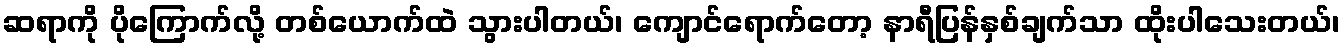
ဆရာကို ပိုကြောက်လို့ တစ်ယောက်ထဲ သွားပါတယ်၊ ကျောင်ရောက်တော့ နာရီပြန်နှစ်ချက်သာ ထိုးပါသေးတယ်၊